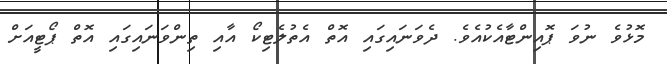
މޮޅުވެ ނުވަ ޕޮއިންޓާއެކުއެވެ. ދެވަނައިގައި އޮތް އެތުލެޓިކޯ އާއި ތިންވަނައިގައި އޮތް ޕޯޓީއަށް